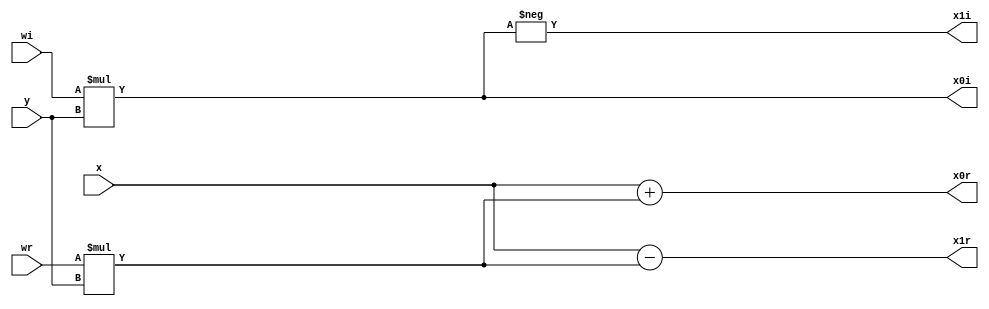
`timescale 1ns / 1ps

module bfly2_4(x,y,wr,wi,x0r,x0i,x1r,x1i);// W08 & W28
input signed [8:0]x,y;
input signed [8:0]wr,wi;
output[8:0]x0r,x0i,x1r,x1i;
wire [17:0]p1,p2;
assign p1=wr*y;
assign p2=wi*y;
assign x0r=x+p1[8:0];
assign x0i=p2[8:0];
assign x1r=x-p1[8:0];
assign x1i=-p2[8:0];
endmodule